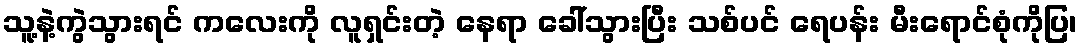
သူ့နဲ့ကွဲသွားရင် ကလေးကို လူရှင်းတဲ့ နေရာ ခေါ်သွားပြီး သစ်ပင် ရေပန်း မီးရောင်စုံကိုပြ၊